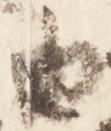
由